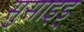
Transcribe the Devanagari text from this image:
सुसाइड्